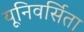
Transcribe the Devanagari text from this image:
यूनिवर्सिता